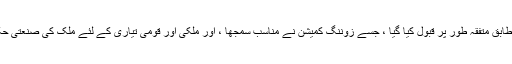
1 / 100.000 اسکیل شدہ برسا شہر کی منصوبہ بندی کو صدارتی فیصلے کے مطابق متفقہ طور پر قبول کیا گیا ، جسے زوننگ کمیشن نے مناسب سمجھا ، اور ملکی اور قومی تیاری کے لئے ملک کی صنعتی حکمت عملی کے دائرہ کار میں ایک صنعتی علاقے کی فراہمی پیدا کی جاسکتی ہے۔